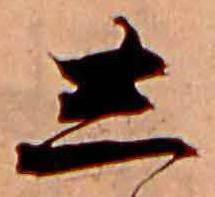
し